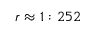
r \approx 1 : 2 5 2